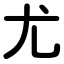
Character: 尤